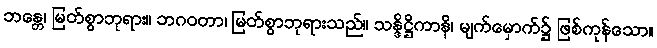
ဘန္တေ၊ မြတ်စွာဘုရား။ ဘဂဝတာ၊ မြတ်စွာဘုရားသည်။ သန္ဒိဋ္ဌိကာနိ၊ မျက်မှောက်၌ ဖြစ်ကုန်သော။